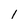
Character: 1